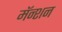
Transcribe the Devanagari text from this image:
मॅन्शन